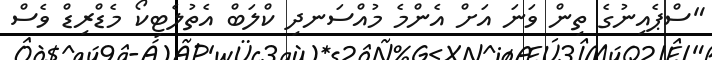
"ސްޕެއިނުގެ ތިން ވަނަ އަށް އެންމެ މުއްސަނދި ކްލަބް އެތުލެޓިކޯ މެޑްރިޑް ވެސް